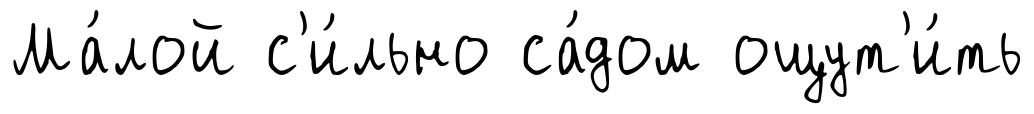
Ма́лой с'и́льно са́дом ощут'и́ть